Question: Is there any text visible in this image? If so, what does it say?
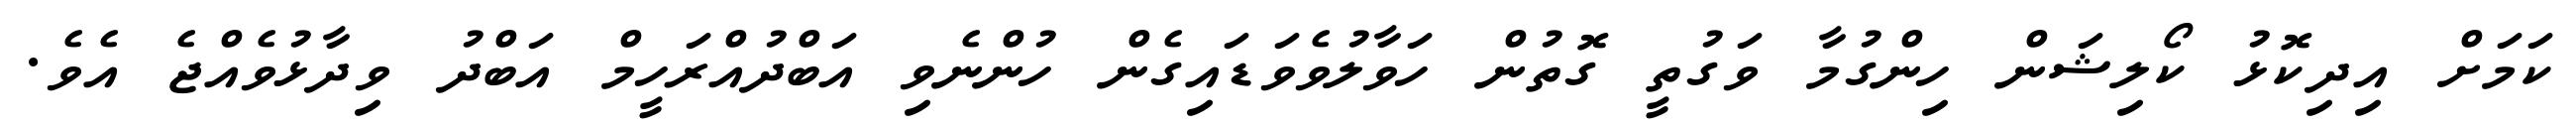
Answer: ކަމަށް އިދިކޮޅު ކޯލިޝަން ހިންގުމާ ވަގުތީ ގޮތުން ހަވާލުވެވަޑައިގެން ހުންނެވި އަބްދުއްރަހީމް އަބްދު ވިދާޅުވެއްޖެ އެވެ.